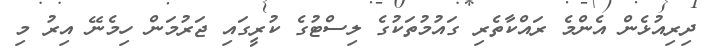
ދިރިއުޅެން އެންމެ ރައްކާތެރި ގައުމުތަކުގެ ލިސްޓުގެ ކުރީގައި ޖަރުމަން ހިމެނޭ އިރު މި